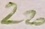
Text: 220